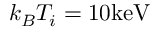
k _ { B } T _ { i } = 1 0 \mathrm { k e V }